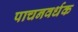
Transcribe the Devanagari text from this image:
पाचनवर्धक